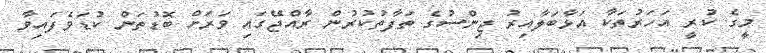
މީގެ ކުރީ އަހަރުތަކާ އަޅާބަލާއިރު ޖިންސުގެ ތަފާތުކުރުން ރާއްޖޭގައި ވަރަށް ބޮޑުތަން ކުޑަވެފައިވާ